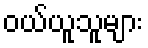
ဝယ်ယူသူများ